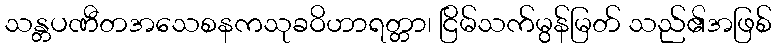
သန္တပဏီတအသေစနကသုခဝိဟာရတ္တာ၊ ငြိမ်သက်မွန်မြတ် သည်၏အဖြစ်